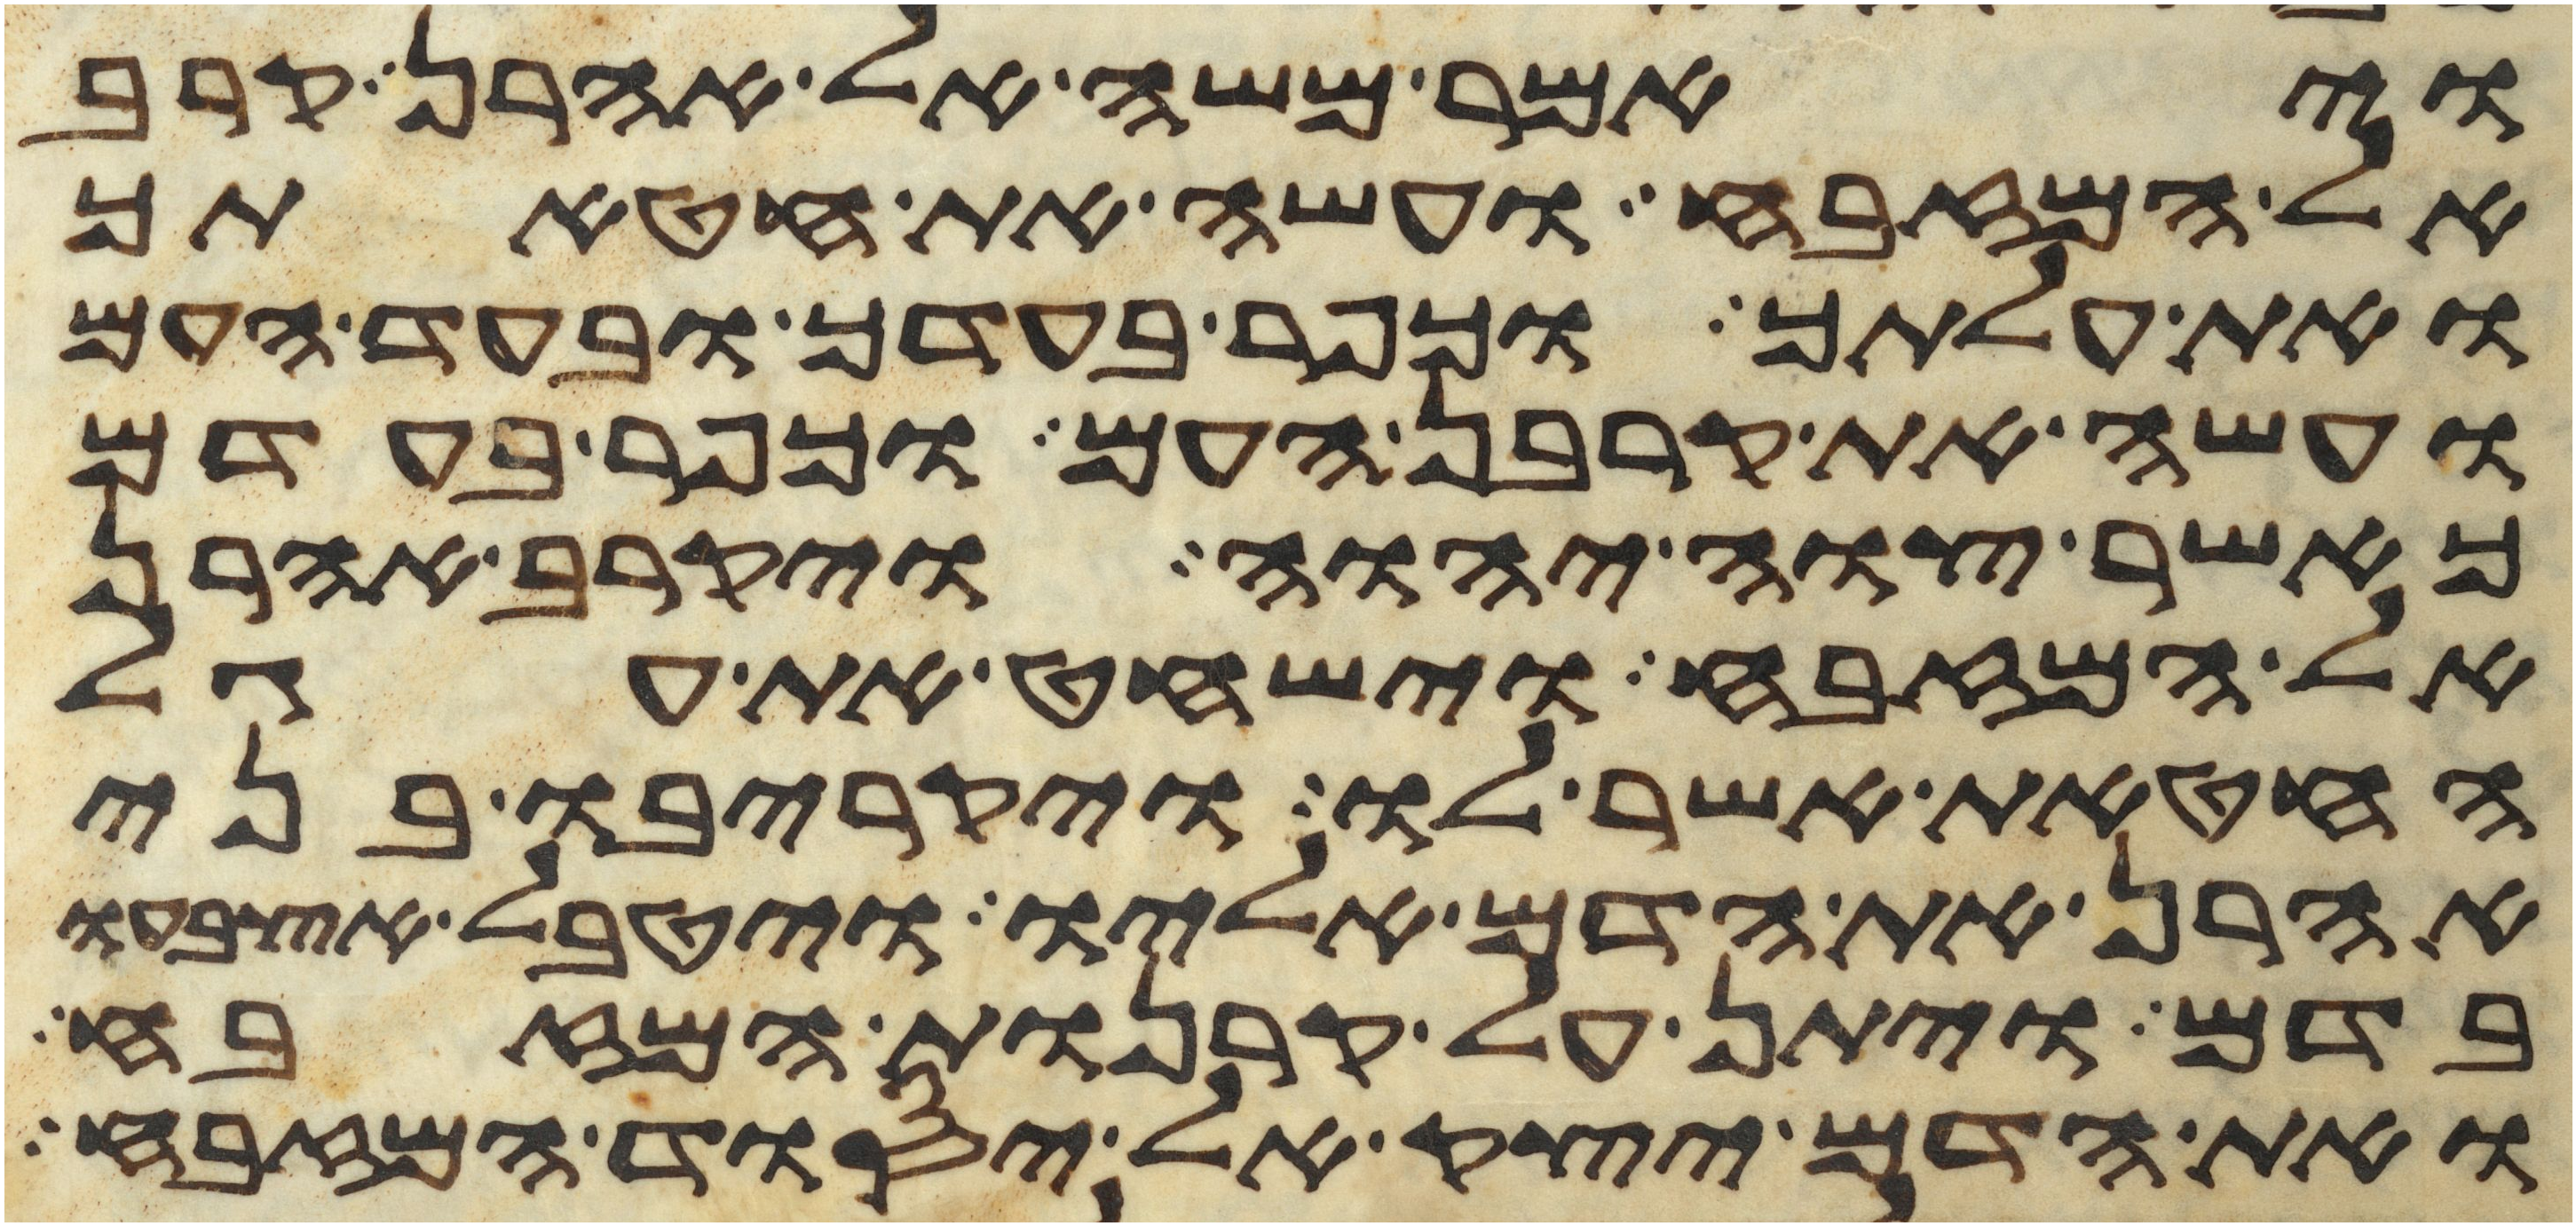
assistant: ויאמר משה אל אהרן קרב
אל המזבח ועשה את חטאתך
ואת עלתך וכפר בעדך ובעד העם
ועשה את קרבן העם וכפר בעדם
כאשר צוה יהוה ויקרב אהרן
אל המזבח וישחט את עגל
החטאת אשר לו ויקריבו בני
אהרן את הדם אליו ויטבל אצבעו
בדם ויתן על קרנות המזבח
ואת הדם יצק אל יסוד המזבח